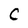
Character: C